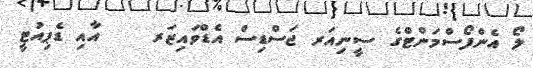
ލޯ އެންފޯސްމަންޓްގެ ސީނިއަރ ޖަސްޑިސް އެޑްވައިޒަރ    އާއި ޑެޕިއުޓީ